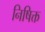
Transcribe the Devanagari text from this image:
निषिक्त